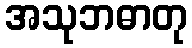
အသုဘဓာတု